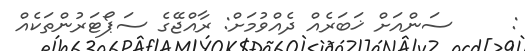
:     ސަންއަށް ޚަބަރެއް ދެއްވުމަށް: ރާއްޖޭގެ ސަޕޯޓަރުންތަކެއް